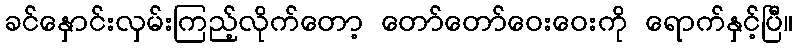
ခင်နှောင်းလှမ်းကြည့်လိုက်တော့ တော်တော်ဝေးဝေးကို ရောက်နှင့်ပြီ။